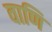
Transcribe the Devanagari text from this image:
वाणि